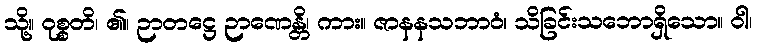
သို့။ ဝုစ္စတိ၊ ၏။ ဉာတဋ္ဌေ ဉာဏေန္တိ၊ ကား။ ဇာနနသဘာဝံ၊ သိခြင်းသဘောရှိသော။ ဝါ၊